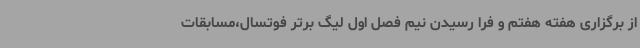
از برگزاری هفته هفتم و فرا رسیدن نیم فصل اول لیگ برتر فوتسال،مسابقات